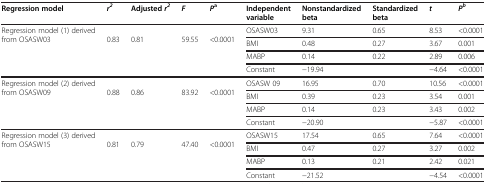
<table><thead><tr><td><b>Regression model</b></td><td><b><i>r</i><sup><i>2</i></sup></b></td><td><b>Adjusted <i>r</i><sup><i>2</i></sup></b></td><td><b><i>F</i></b></td><td><b><i>P</i><sup>a</sup></b></td><td><b>Independent variable</b></td><td><b>Nonstandardized beta</b></td><td><b>Standardized beta</b></td><td><b><i>t</i></b></td><td><b><i>P</i><sup><i>b</i></sup></b></td></tr></thead><tbody><tr><td rowspan="2">Regression model (1) derived from OSASW03</td><td rowspan="2">0.83</td><td rowspan="2">0.81</td><td rowspan="2">59.55</td><td rowspan="2">&lt;0.0001</td><td>OSASW03</td><td>9.31</td><td>0.65</td><td>8.53</td><td>&lt;0.0001</td></tr><tr><td>BMI</td><td>0.48</td><td>0.27</td><td>3.67</td><td>0.001</td></tr><tr><td> </td><td> </td><td> </td><td> </td><td> </td><td>MABP</td><td>0.14</td><td>0.22</td><td>2.89</td><td>0.006</td></tr><tr><td> </td><td> </td><td> </td><td> </td><td> </td><td>Constant</td><td>−19.94</td><td> </td><td>−4.64</td><td>&lt;0.0001</td></tr><tr><td rowspan="2">Regression model (2) derived from OSASW09</td><td rowspan="2">0.88</td><td rowspan="2">0.86</td><td rowspan="2">83.92</td><td rowspan="2">&lt;0.0001</td><td>OSASW 09</td><td>16.95</td><td>0.70</td><td>10.56</td><td>&lt;0.0001</td></tr><tr><td>BMI</td><td>0.39</td><td>0.23</td><td>3.54</td><td>0.001</td></tr><tr><td> </td><td> </td><td> </td><td> </td><td> </td><td>MABP</td><td>0.14</td><td>0.23</td><td>3.43</td><td>0.002</td></tr><tr><td> </td><td> </td><td> </td><td> </td><td> </td><td>Constant</td><td>−20.90</td><td> </td><td>−5.87</td><td>&lt;0.0001</td></tr><tr><td rowspan="2">Regression model (3) derived from OSASW15</td><td rowspan="2">0.81</td><td rowspan="2">0.79</td><td rowspan="2">47.40</td><td rowspan="2">&lt;0.0001</td><td>OSASW15</td><td>17.54</td><td>0.65</td><td>7.64</td><td>&lt;0.0001</td></tr><tr><td>BMI</td><td>0.47</td><td>0.27</td><td>3.27</td><td>0.002</td></tr><tr><td> </td><td> </td><td> </td><td> </td><td> </td><td>MABP</td><td>0.13</td><td>0.21</td><td>2.42</td><td>0.021</td></tr><tr><td> </td><td> </td><td> </td><td> </td><td> </td><td>Constant</td><td>−21.52</td><td> </td><td>−4.54</td><td>&lt;0.0001</td></tr></tbody></table>